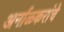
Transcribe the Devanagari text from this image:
अर्नाळकरांचे